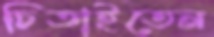
চিতাইতেন